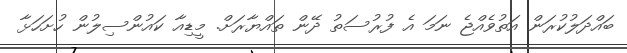
ބައްދަލުކުރަން އަތުވެއްޖެ ނަމަ އެ ފުރުސަތު ދޭން ތައްޔާރަށް. މީޑިއާ ކައުންސިލުން ހުށަހަޅާ